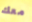
معك